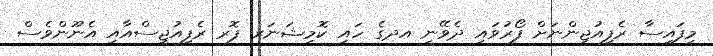
މިފައިސާ ރެފިއުޖީންނަށް ފޯރުވައި ދެވޭނީ އދގެ ހައި ކޮމިޝަނަރ ފޮރ ރެފިއުޖީސްއާއި އެނޫންވެސް